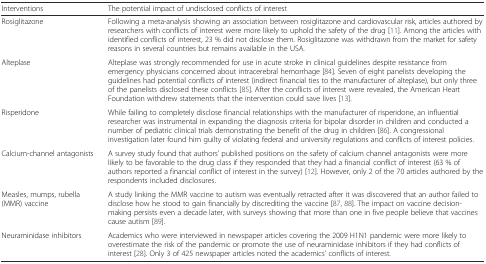
| Interventions | The potential impact of undisclosed conflicts of interest |
 | --- | --- |
 | Rosiglitazone | Following a meta-analysis showing an association between rosiglitazone and cardiovascular risk, articles authored by researchers with conflicts of interest were more likely to uphold the safety of the drug [11]. Among the articles with identified conflicts of interest, 23 % did not disclose them. Rosiglitazone was withdrawn from the market for safety reasons in several countries but remains available in the USA. |
 | Alteplase | Alteplase was strongly recommended for use in acute stroke in clinical guidelines despite resistance from emergency physicians concerned about intracerebral hemorrhage [84]. Seven of eight panelists developing the guidelines had potential conflicts of interest (indirect financial ties to the manufacturer of alteplase), but only three of the panelists disclosed these conflicts [85]. After the conflicts of interest were revealed, the American Heart Foundation withdrew statements that the intervention could save lives [13]. |
 | Risperidone | While failing to completely disclose financial relationships with the manufacturer of risperidone, an influential researcher was instrumental in expanding the diagnosis criteria for bipolar disorder in children and conducted a number of pediatric clinical trials demonstrating the benefit of the drug in children [86]. A congressional investigation later found him guilty of violating federal and university regulations and conflicts of interest policies. |
 | Calcium-channel antagonists | A survey study found that authors’ published positions on the safety of calcium channel antagonists were more likely to be favorable to the drug class if they responded that they had a financial conflict of interest (63 % of authors reported a financial conflict of interest in the survey) [12]. However, only 2 of the 70 articles authored by the respondents included disclosures. |
 | Measles, mumps, rubella (MMR) vaccine | A study linking the MMR vaccine to autism was eventually retracted after it was discovered that an author failed to disclose how he stood to gain financially by discrediting the vaccine [87, 88]. The impact on vaccine decision-making persists even a decade later, with surveys showing that more than one in five people believe that vaccines cause autism [89]. |
 | Neuraminidase inhibitors | Academics who were interviewed in newspaper articles covering the 2009 H1N1 pandemic were more likely to overestimate the risk of the pandemic or promote the use of neuraminidase inhibitors if they had conflicts of interest [28]. Only 3 of 425 newspaper articles noted the academics’ conflicts of interest. |